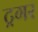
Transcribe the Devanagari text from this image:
ट्रगर